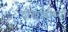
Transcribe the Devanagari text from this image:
चौखांबीच्या